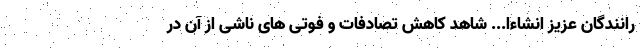
رانندگان عزیز انشاءا... شاهد کاهش تصادفات و فوتی های ناشی از آن در